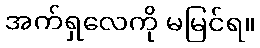
အက်ရှလေကို မမြင်ရ။